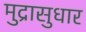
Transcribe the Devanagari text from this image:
मुद्रासुधार